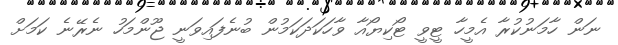
ނަން ހާމަނުކުރާ އެމީހާ ޓީވީ ޓޯކިޔޯއާ ވާހަކަދަކަމުން ބުނެފައިވަނީ ޖޫންމަހު ނެރޭނެ ކަމަށް